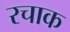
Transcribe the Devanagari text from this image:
रचाक